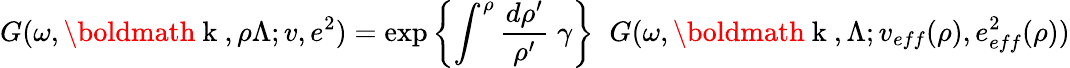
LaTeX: G(\omega,\mathrm{\boldmath~k~},\rho\Lambda;v,e^{2})=\exp{\left\{ \int^{\rho}\frac{d\rho^{\prime}}{\rho^{\prime}}\; \gamma\right\} }\; \; G(\omega,\mathrm{\boldmath~k~},\Lambda;v_{eff}(\rho),e_{eff}^{2}(\rho))